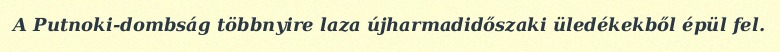
A Putnoki-dombság többnyire laza újharmadidőszaki üledékekből épül fel.